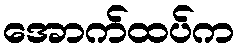
အောက်ထပ်က